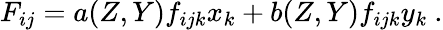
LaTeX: F_{ij}=a(Z,Y)f_{ijk}x_{k}+b(Z,Y)f_{ijk}y_{k}\ .